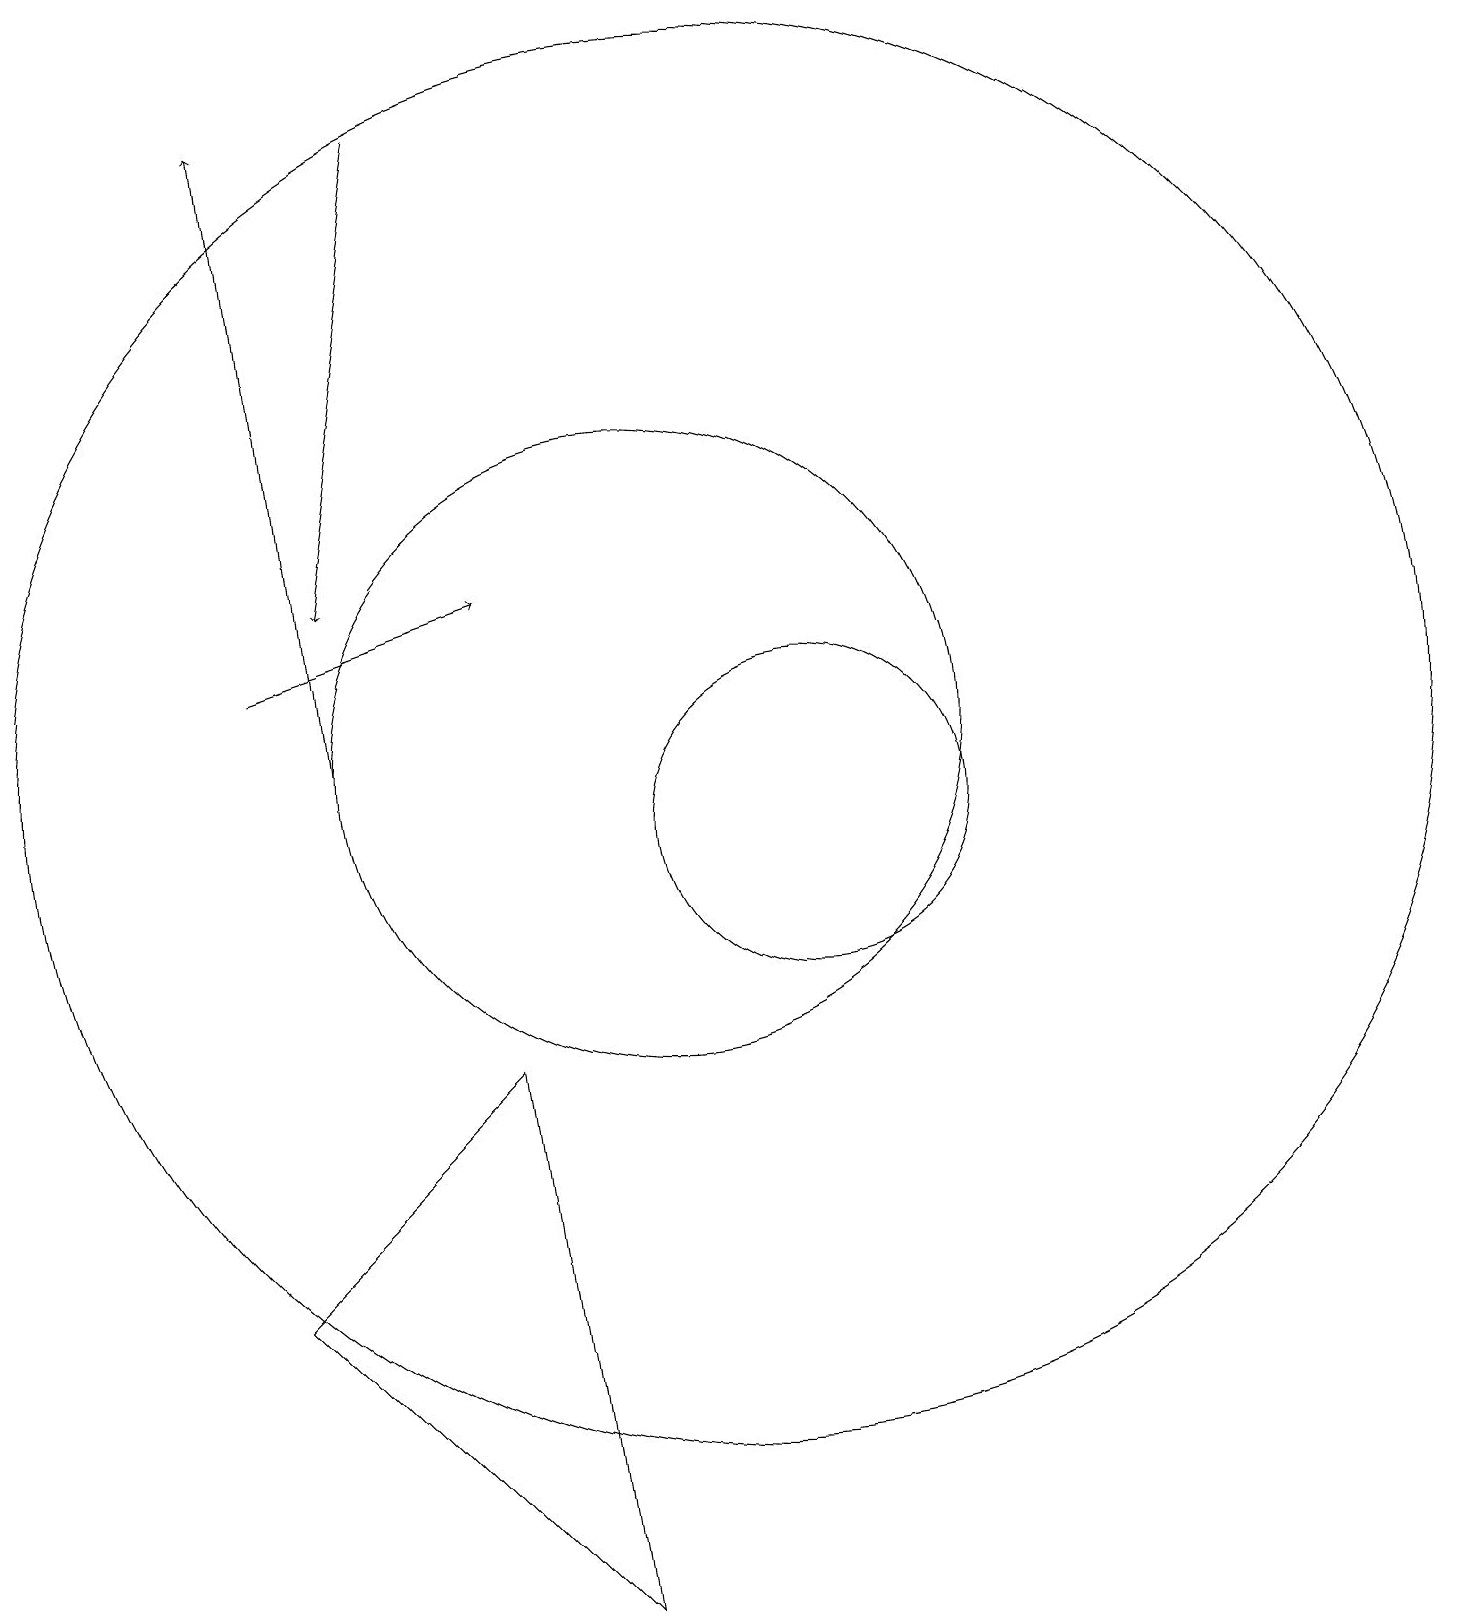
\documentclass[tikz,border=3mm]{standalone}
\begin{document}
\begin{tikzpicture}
\draw[->] (6,11) -- (5,19);
\draw (8,7) -- (9,0) -- (5,4) -- cycle;
\draw (11,11) circle (9);
\draw[->] (7,19) -- (6,13);
\draw (10,11) circle (4);
\draw[->] (5,12) -- (8,13);
\draw (12,10) circle (2);
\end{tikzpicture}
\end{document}